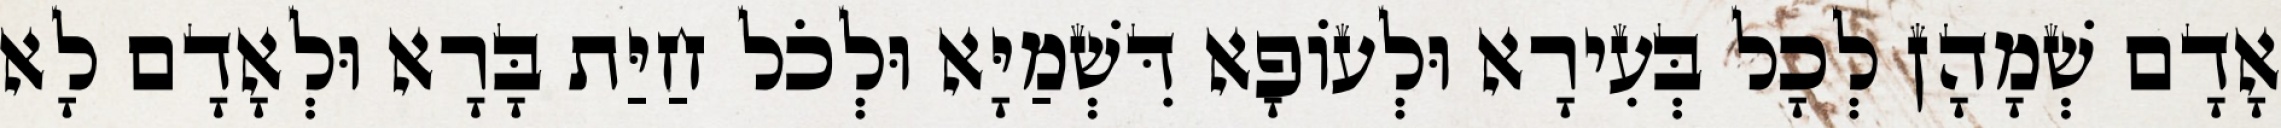
אָדָם שְׁמָהָן לְכָל בְּעִירָא וּלְעוֹפָא דִּשְׁמַיָּא וּלְכֹל חַיַּת בָּרָא וּלְאָדָם לָא